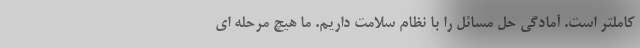
کاملتر است. آمادگی حل مسائل را با نظام سلامت داریم. ما هیچ مرحله ای